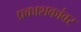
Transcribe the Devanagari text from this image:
प्रकाशकांवर